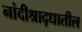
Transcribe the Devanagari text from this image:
नांदीश्राद्धातील